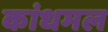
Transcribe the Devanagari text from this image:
कांधमल